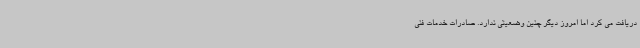
دریافت می کرد اما امروز دیگر چنین وضعیتی ندارد. صادرات خدمات فنی